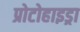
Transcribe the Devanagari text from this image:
प्रोटोहाइड्रा